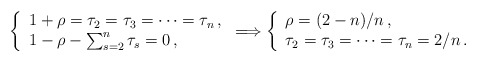
\begin{align*}\left\{\begin{array}{l}1 + \rho = \tau_2 = \tau_3 = \cdots = \tau_n \, , \\ 1 - \rho - \sum_{s = 2}^n\tau_s = 0 \, ,\end{array} \right. \Longrightarrow \left\{\begin{array}{l}\rho = (2 - n) / n \, , \\ \tau_2 = \tau_3 = \cdots = \tau_n = 2/n \, .\end{array} \right. \end{align*}